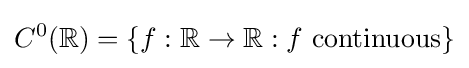
C^{0}(\mathbb {R} )=\{f:\mathbb {R} \to \mathbb {R} :f\ \mathrm {continuous} \}